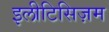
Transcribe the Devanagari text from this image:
इलीटिसिज़म